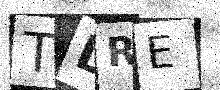
Text: TDRE